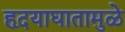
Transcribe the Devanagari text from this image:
हृदयाघातामुळे